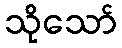
သိုသော်